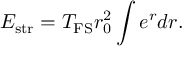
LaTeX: E _ { \mathrm { s t r } } = T _ { \mathrm { F S } } r _ { 0 } ^ { 2 } \int e ^ { r } d r .